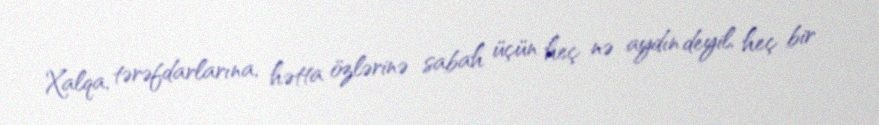
Xalqa, tərəfdarlarına, hətta özlərinə sabah üçün heç nə aydın deyil, heç bir